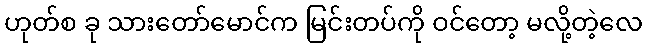
ဟုတ်စ ခု သားတော်မောင်က မြင်းတပ်ကို ဝင်တော့ မလို့တဲ့လေ